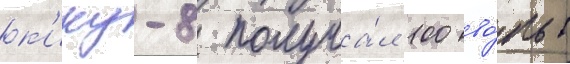
к'ику-8 получа́л 100 во́льт